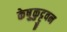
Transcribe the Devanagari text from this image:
केष़ुकुट्टुवन